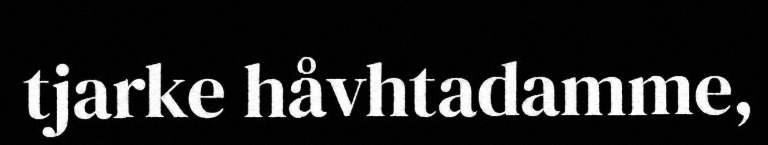
tjarke håvhtadamme,